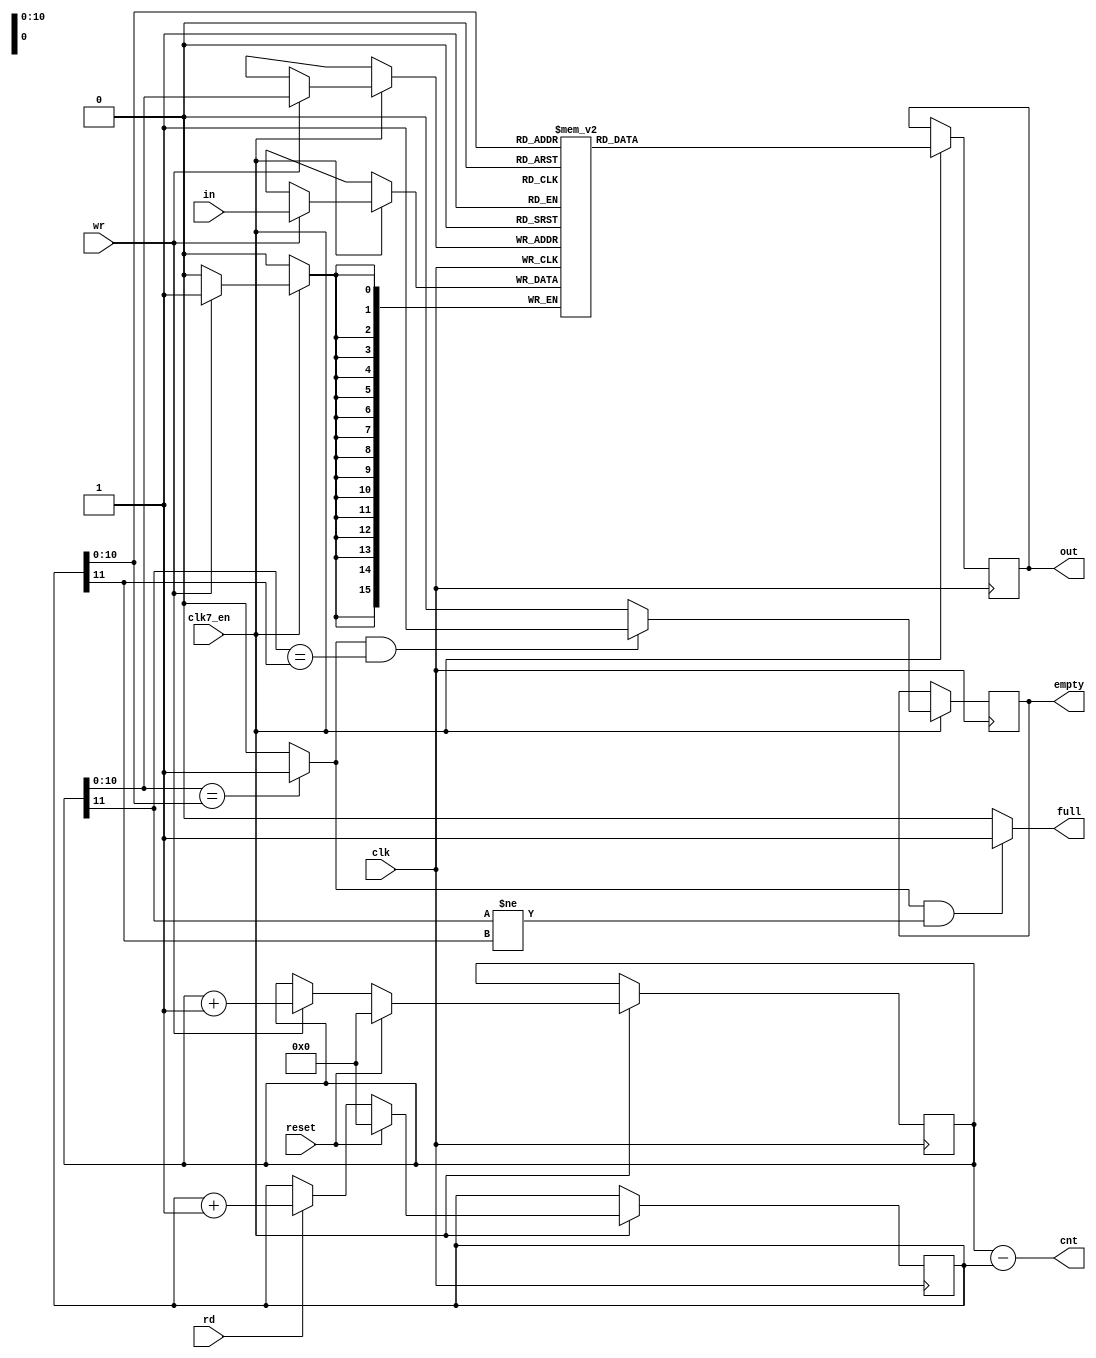
//2048 words deep, 16 bits wide, fifo
//data is written into the fifo when wr=1
//reading is more or less asynchronous if you read during the rising edge of clk
//because the output data is updated at the falling edge of the clk
//when rd=1, the next data word is selected 


module paula_floppy_fifo
(
	input 	clk,		    	//bus clock
  input clk7_en,
	input 	reset,			   	//reset 
	input	[15:0] in,			//data in
	output	reg [15:0] out,	//data out
	input	rd,					//read from fifo
	input	wr,					//write to fifo
	output	reg empty,			//fifo is empty
	output	full,				//fifo is full
	output	[11:0] cnt       // number of entries in FIFO
);

//local signals and registers
reg 	[15:0] mem [2047:0];	// 2048 words by 16 bit wide fifo memory (for 2 MFM-encoded sectors)
reg		[11:0] in_ptr;			//fifo input pointer
reg		[11:0] out_ptr;			//fifo output pointer
wire	equal;					//lower 11 bits of in_ptr and out_ptr are equal


// count of FIFO entries
assign cnt = in_ptr - out_ptr;

//main fifo memory (implemented using synchronous block ram)
always @(posedge clk) begin
  if (clk7_en) begin
  	if (wr)
  		mem[in_ptr[10:0]] <= in;
  end
end

always @(posedge clk) begin
  if (clk7_en) begin
  	out=mem[out_ptr[10:0]];
  end
end

//fifo write pointer control
always @(posedge clk) begin
  if (clk7_en) begin
  	if (reset)
  		in_ptr[11:0] <= 0;
  	else if(wr)
  		in_ptr[11:0] <= in_ptr[11:0] + 12'd1;
  end
end

// fifo read pointer control
always @(posedge clk) begin
  if (clk7_en) begin
  	if (reset)
  		out_ptr[11:0] <= 0;
  	else if (rd)
  		out_ptr[11:0] <= out_ptr[11:0] + 12'd1;
  end
end

// check lower 11 bits of pointer to generate equal signal
assign equal = (in_ptr[10:0]==out_ptr[10:0]) ? 1'b1 : 1'b0;

// assign output flags, empty is delayed by one clock to handle ram delay
always @(posedge clk) begin
  if (clk7_en) begin
  	if (equal && (in_ptr[11]==out_ptr[11]))
  		empty <= 1'b1;
  	else
  		empty <= 1'b0;
  end
end
		
assign full = (equal && (in_ptr[11]!=out_ptr[11])) ? 1'b1 : 1'b0;	


endmodule